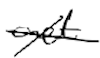
Text: act
Cross-out: cross
Writing tool: digital_black